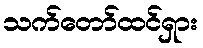
သက်တော်ထင်ရှား